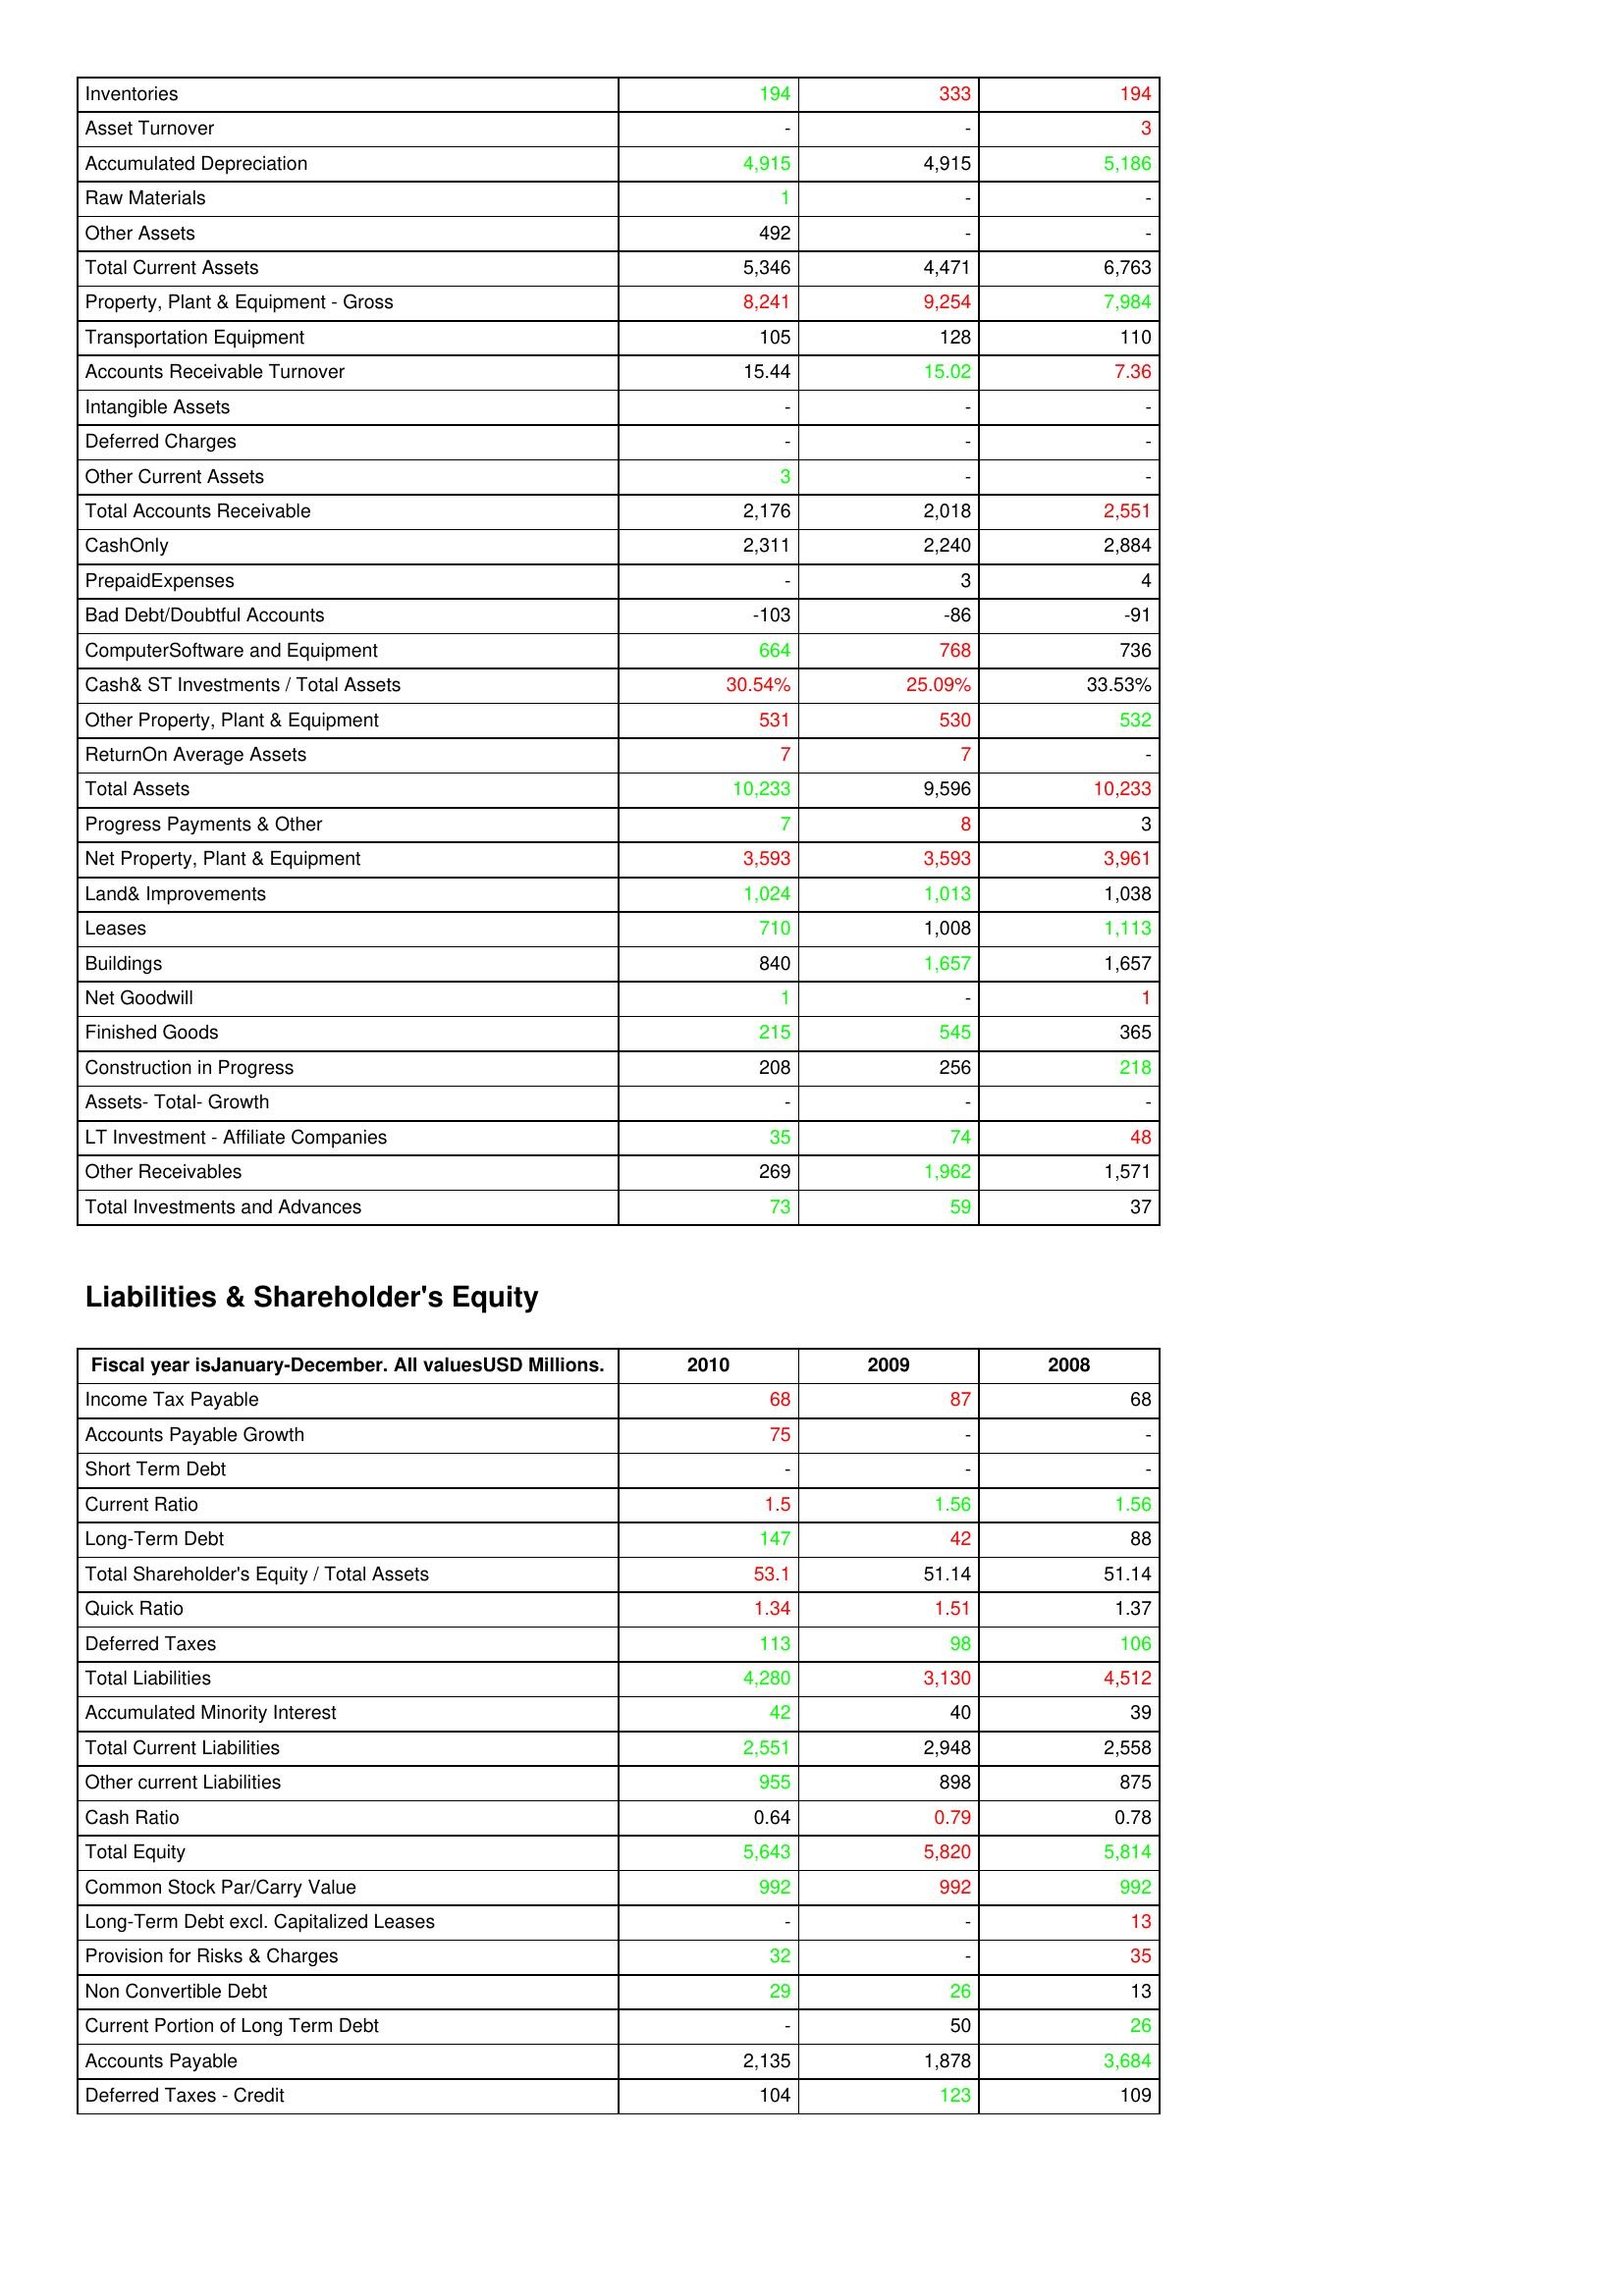
gt_parse: 2010: Assets: Inventories: 194
Asset Turnover: -
Accumulated Depreciation: 4,915
Raw Materials: 1
Other Assets: 492
Total Current Assets: 5,346
Property, Plant & Equipment - Gross : 8,241
Transportation Equipment: 105
Accounts Receivable Turnover: 15.44
Intangible Assets: -
Deferred Charges: -
Other Current Assets: 3
Total Accounts Receivable: 2,176
CashOnly: 2,311
PrepaidExpenses: -
Bad Debt/Doubtful Accounts: -103
ComputerSoftware and Equipment: 664
Cash& ST Investments / Total Assets: 30.54%
Other Property, Plant & Equipment: 531
ReturnOn Average Assets: 7
Total Assets: 10,233
Progress Payments & Other: 7
Net Property, Plant & Equipment: 3,593
Land& Improvements: 1,024
Leases: 710
Buildings: 840
Net Goodwill: 1
Finished Goods: 215
Construction in Progress: 208
Assets- Total- Growth: -
LT Investment - Affiliate Companies: 35
Other Receivables: 269
Total Investments and Advances: 73
Liabilities & Shareholder's Equity: Income Tax Payable: 68
Accounts Payable Growth: 75
Short Term Debt: -
Current Ratio: 1.5
Long-Term Debt: 147
Total Shareholder's Equity / Total Assets: 53.1
Quick Ratio: 1.34
Deferred Taxes: 113
Total Liabilities: 4,280
Accumulated Minority Interest: 42
Total Current Liabilities: 2,551
Other current Liabilities: 955
Cash Ratio: 0.64
Total Equity: 5,643
Common Stock Par/Carry Value: 992
Long-Term Debt excl. Capitalized Leases: -
Provision for Risks & Charges: 32
Non Convertible Debt: 29
Current Portion of Long Term Debt: -
Accounts Payable: 2,135
Deferred Taxes - Credit: 104
2009: Assets: Inventories: 333
Asset Turnover: -
Accumulated Depreciation: 4,915
Raw Materials: -
Other Assets: -
Total Current Assets: 4,471
Property, Plant & Equipment - Gross : 9,254
Transportation Equipment: 128
Accounts Receivable Turnover: 15.02
Intangible Assets: -
Deferred Charges: -
Other Current Assets: -
Total Accounts Receivable: 2,018
CashOnly: 2,240
PrepaidExpenses: 3
Bad Debt/Doubtful Accounts: -86
ComputerSoftware and Equipment: 768
Cash& ST Investments / Total Assets: 25.09%
Other Property, Plant & Equipment: 530
ReturnOn Average Assets: 7
Total Assets: 9,596
Progress Payments & Other: 8
Net Property, Plant & Equipment: 3,593
Land& Improvements: 1,013
Leases: 1,008
Buildings: 1,657
Net Goodwill: -
Finished Goods: 545
Construction in Progress: 256
Assets- Total- Growth: -
LT Investment - Affiliate Companies: 74
Other Receivables: 1,962
Total Investments and Advances: 59
Liabilities & Shareholder's Equity: Income Tax Payable: 87
Accounts Payable Growth: -
Short Term Debt: -
Current Ratio: 1.56
Long-Term Debt: 42
Total Shareholder's Equity / Total Assets: 51.14
Quick Ratio: 1.51
Deferred Taxes: 98
Total Liabilities: 3,130
Accumulated Minority Interest: 40
Total Current Liabilities: 2,948
Other current Liabilities: 898
Cash Ratio: 0.79
Total Equity: 5,820
Common Stock Par/Carry Value: 992
Long-Term Debt excl. Capitalized Leases: -
Provision for Risks & Charges: -
Non Convertible Debt: 26
Current Portion of Long Term Debt: 50
Accounts Payable: 1,878
Deferred Taxes - Credit: 123
2008: Assets: Inventories: 194
Asset Turnover: 3
Accumulated Depreciation: 5,186
Raw Materials: -
Other Assets: -
Total Current Assets: 6,763
Property, Plant & Equipment - Gross : 7,984
Transportation Equipment: 110
Accounts Receivable Turnover: 7.36
Intangible Assets: -
Deferred Charges: -
Other Current Assets: -
Total Accounts Receivable: 2,551
CashOnly: 2,884
PrepaidExpenses: 4
Bad Debt/Doubtful Accounts: -91
ComputerSoftware and Equipment: 736
Cash& ST Investments / Total Assets: 33.53%
Other Property, Plant & Equipment: 532
ReturnOn Average Assets: -
Total Assets: 10,233
Progress Payments & Other: 3
Net Property, Plant & Equipment: 3,961
Land& Improvements: 1,038
Leases: 1,113
Buildings: 1,657
Net Goodwill: 1
Finished Goods: 365
Construction in Progress: 218
Assets- Total- Growth: -
LT Investment - Affiliate Companies: 48
Other Receivables: 1,571
Total Investments and Advances: 37
Liabilities & Shareholder's Equity: Income Tax Payable: 68
Accounts Payable Growth: -
Short Term Debt: -
Current Ratio: 1.56
Long-Term Debt: 88
Total Shareholder's Equity / Total Assets: 51.14
Quick Ratio: 1.37
Deferred Taxes: 106
Total Liabilities: 4,512
Accumulated Minority Interest: 39
Total Current Liabilities: 2,558
Other current Liabilities: 875
Cash Ratio: 0.78
Total Equity: 5,814
Common Stock Par/Carry Value: 992
Long-Term Debt excl. Capitalized Leases: 13
Provision for Risks & Charges: 35
Non Convertible Debt: 13
Current Portion of Long Term Debt: 26
Accounts Payable: 3,684
Deferred Taxes - Credit: 109